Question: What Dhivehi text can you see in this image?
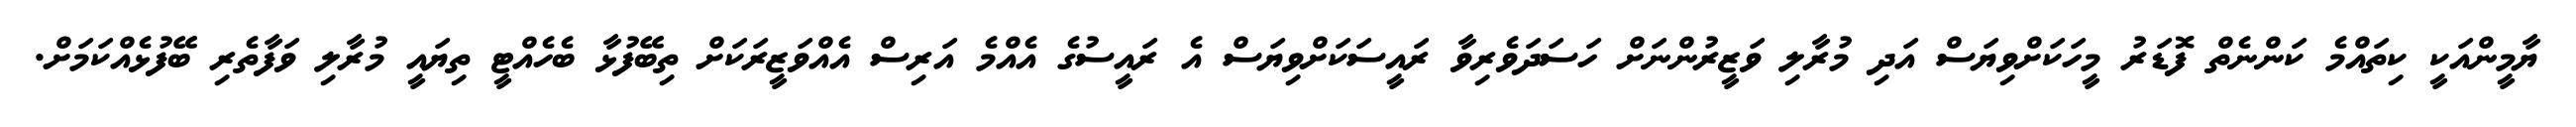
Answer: ޔާމީންއަކީ ކިތައްމެ ކަންނެތް ފޮޑަރު މީހަކަށްވިޔަސް އަދި މުރާލި ވަޒީރުންނަށް ހަސަދަވެރިވާ ރައީސަކަށްވިޔަސް އެ ރައީސުގެ އެއްމެ އަރިސް އެއްވަޒީރަކަށް ތިބޭފުޅާ ބެހެއްޓީ ތިޔައީ މުރާލި ވަފާތެރި ބޭފުޅެއްކަމަށް.